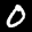
Label: 0